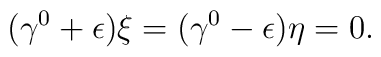
(\gamma^0+\epsilon)\xi=(\gamma^0-\epsilon)\eta=0 .